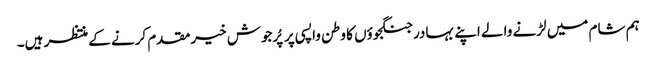
ہم شام میں لڑنے والے اپنے بہادر جنگجوؤں کا وطن واپسی پر پُرجوش خیرمقدم کرنے کے منتظر ہیں۔